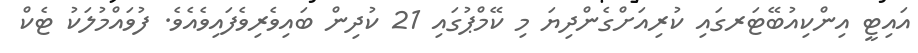
އައިޓީ އިންކިއުބޭޓަރގައި ކުރިއަށްގެންދިޔަ މި ކޭމްޕުގައި 21 ކުދިން ބައިވެރިވެފައިވެއެވެ. ފުވައްމުލަކު ޓެކް